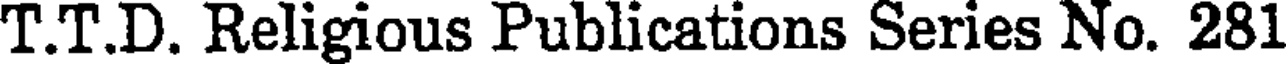
T.T.D. Religious Publications Series No. 281